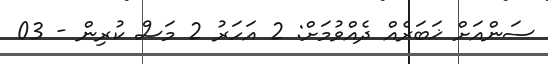
ސަންއަށް ޚަބަރެއް ދެއްވުމަށް: 2 އަހަރު 2 މަސް ކުރިން - 03